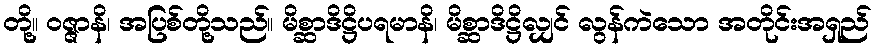
တို့။ ဝဇ္ဇာနိ၊ အပြစ်တို့သည်။ မိစ္ဆာဒိဋ္ဌိပရမာနိ၊ မိစ္ဆာဒိဋ္ဌိလျှင် လွန်ကဲသော အတိုင်းအရှည်